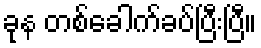
ခုန တစ်ခေါက်ခပ်ပြီးပြီ။